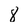
Character: 8